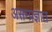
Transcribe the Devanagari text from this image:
असम्प्रज्ञात